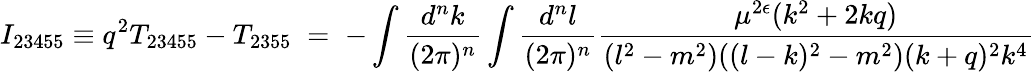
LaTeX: I_{23455}\equiv q^{2}T_{23455}-T_{2355}\; =\; -\int\frac{d^{n}k}{(2\pi)^{n}}\int\frac{d^{n}l}{(2\pi)^{n}}\frac{\mu^{2\epsilon}(k^{2}+2kq)}{(l^{2}-m^{2})((l-k)^{2}-m^{2})(k+q)^{2}k^{4}}